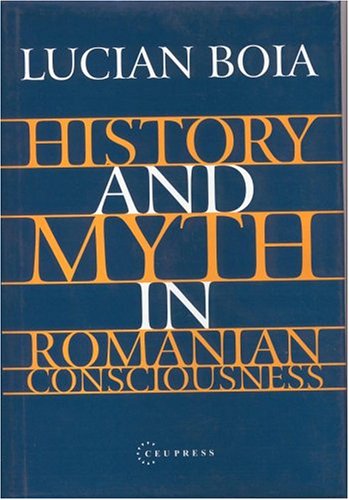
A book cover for History and Myth in Romanian Consciousness; Lucian Boia; History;